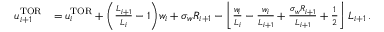
\begin{array} { r l } { u _ { i + 1 } ^ { \mathrm { T O R } } } & { = u _ { i } ^ { \mathrm { T O R } } + \bigg ( \frac { L _ { i + 1 } } { L _ { i } } - 1 \bigg ) w _ { i } + \sigma _ { w } R _ { i + 1 } - \left\lfloor \frac { w _ { i } } { L _ { i } } - \frac { w _ { i } } { L _ { i + 1 } } + \frac { \sigma _ { w } R _ { i + 1 } } { L _ { i + 1 } } + \frac { 1 } { 2 } \right\rfloor L _ { i + 1 } \, . } \end{array}